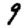
Digit: 9